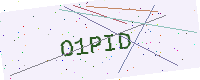
Text: O1PID